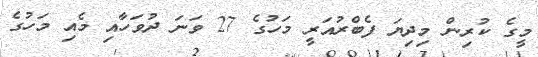
މީގެ ކުރިން މިދިޔަ ފެބްރުއަރީ މަހުގެ 27 ވަނަ ދުވަހާއި މެއި މަހުގެ